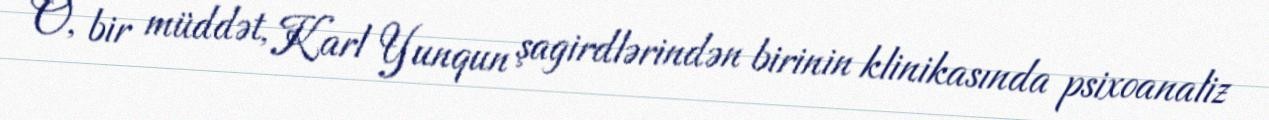
O, bir müddət, Karl Yunqun şagirdlərindən birinin klinikasında psixoanaliz